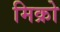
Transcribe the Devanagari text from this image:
मिक्रो